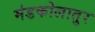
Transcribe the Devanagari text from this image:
मंडकोलातुर